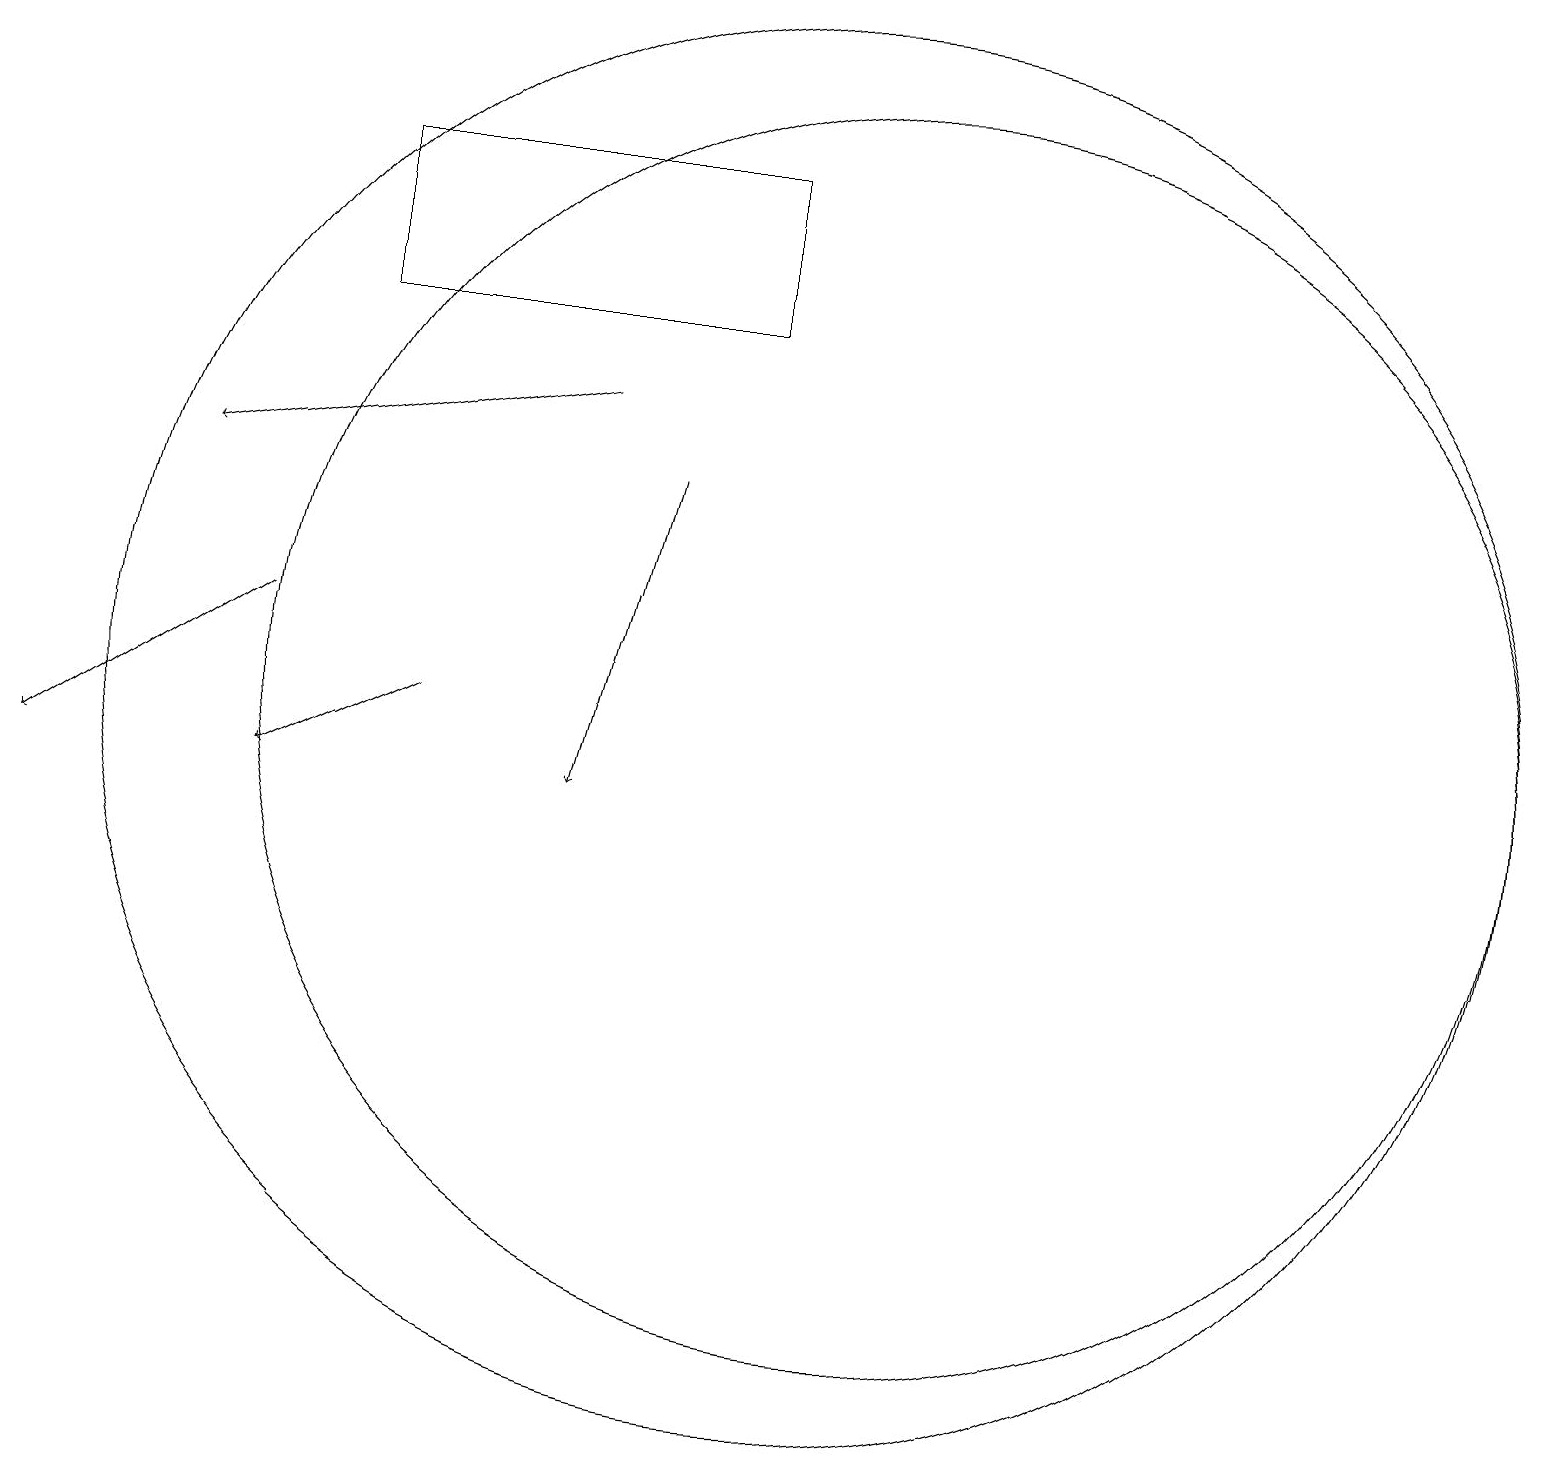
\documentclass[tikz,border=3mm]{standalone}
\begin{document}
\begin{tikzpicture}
\draw (11,11) circle (8);
\draw (10,11) circle (9);
\draw[->] (7,15) -- (2,14);
\draw[->] (5,11) -- (3,10);
\draw[->] (8,14) -- (7,10);
\draw (9,18) rectangle (4,16);
\draw[->] (3,12) -- (0,10);
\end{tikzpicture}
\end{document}